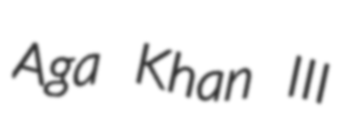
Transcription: Aga Khan III